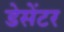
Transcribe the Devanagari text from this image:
डेसेंटर